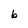
Character: b